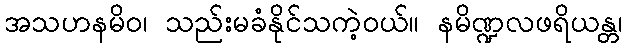
အသဟနမိဝ၊ သည်းမခံနိုင်သကဲ့ဝယ်။ နမိဏ္ဍလဖရိယန္တ၊